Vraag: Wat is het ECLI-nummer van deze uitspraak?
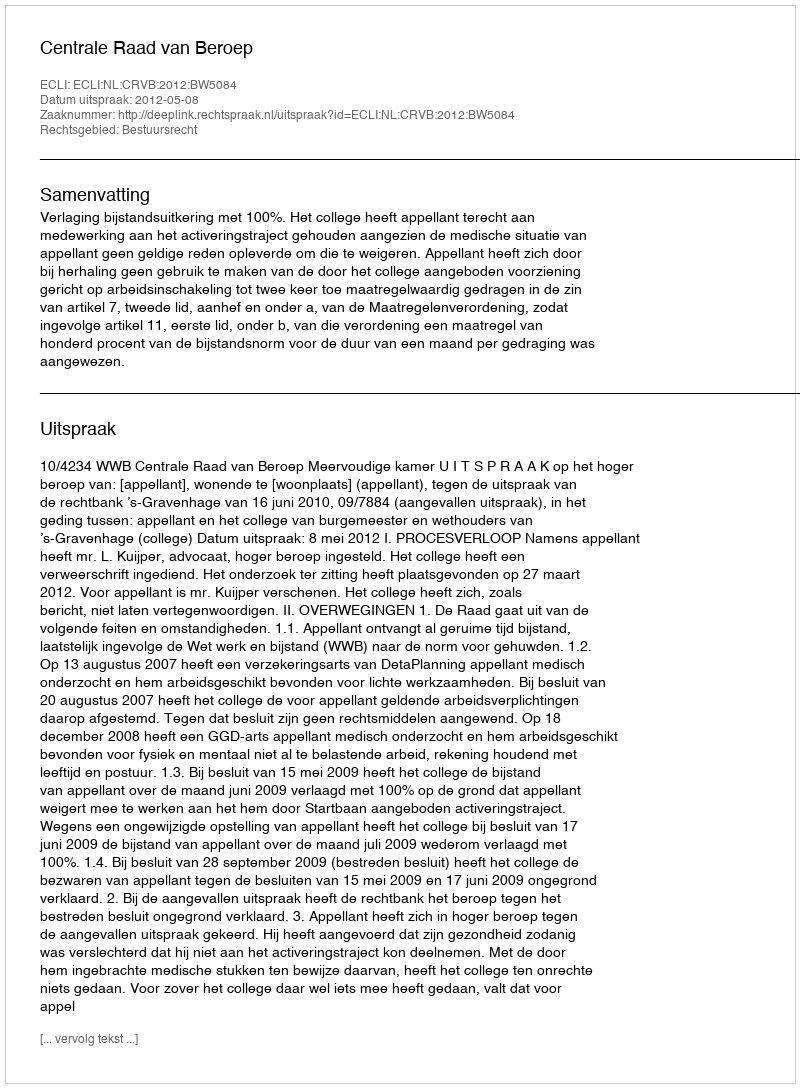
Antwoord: ECLI:NL:CRVB:2012:BW5084